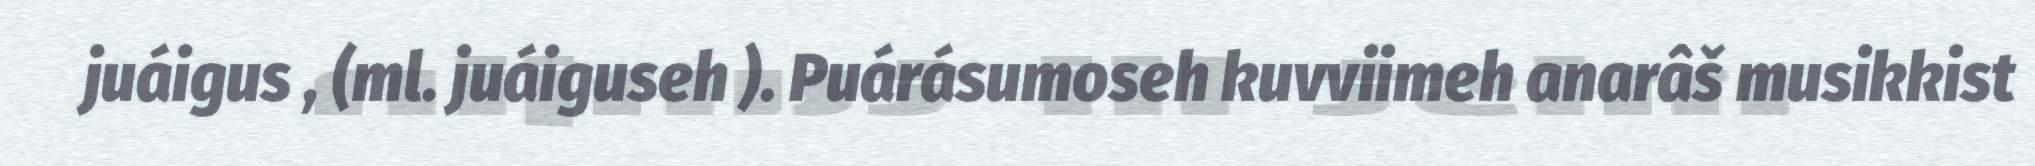
juáigus , (ml. juáiguseh ). Puárásumoseh kuvviimeh anarâš musikkist